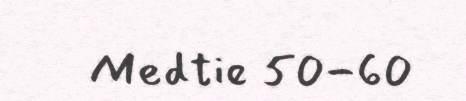
Medtie 50-60